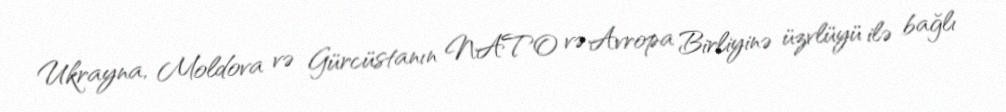
Ukrayna, Moldova və Gürcüstanın NATO və Avropa Birliyinə üzvlüyü ilə bağlı